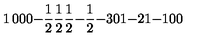
\begin{matrix} { 1 } & { 0 } & { 0 } & { 0 } \\ { - { \frac { 1 } { 2 } } } & { { \frac { 1 } { 2 } } } & { { \frac { 1 } { 2 } } } & { - { \frac { 1 } { 2 } } } \\ { - 3 } & { 0 } & { 1 } & { - 2 } \\ { 1 } & { - 1 } & { 0 } & { 0 } \\ \end{matrix}